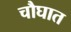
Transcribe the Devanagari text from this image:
चौघात